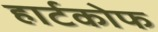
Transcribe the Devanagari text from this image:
हार्टकोफ